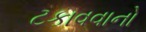
ટકાવવાનો